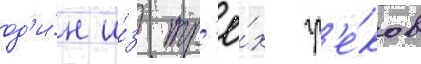
од'и́н и́з тр'ё́х гр'е́ков